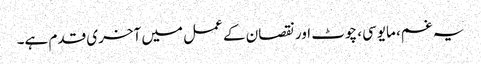
یہ غم، مایوسی، چوٹ اور نقصان کے عمل میں آخری قدم ہے۔